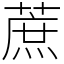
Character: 蔗